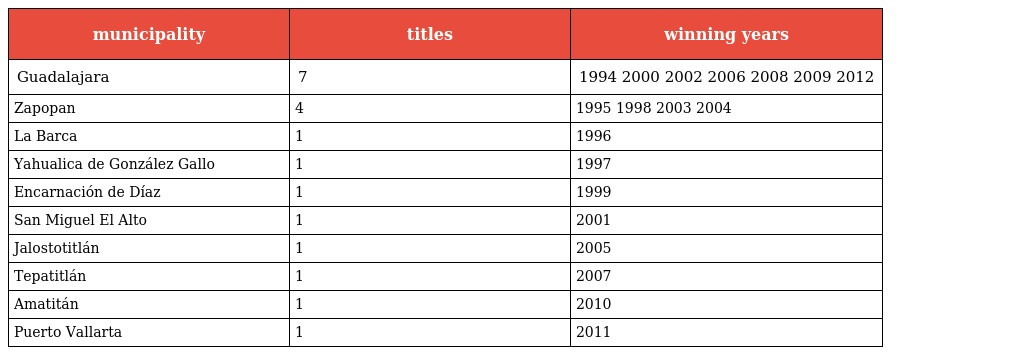
| municipality | titles | winning years |
 | --- | --- | --- |
 | Guadalajara | 7 | 1994 2000 2002 2006 2008 2009 2012 |
 | Zapopan | 4 | 1995 1998 2003 2004 |
 | La Barca | 1 | 1996 |
 | Yahualica de González Gallo | 1 | 1997 |
 | Encarnación de Díaz | 1 | 1999 |
 | San Miguel El Alto | 1 | 2001 |
 | Jalostotitlán | 1 | 2005 |
 | Tepatitlán | 1 | 2007 |
 | Amatitán | 1 | 2010 |
 | Puerto Vallarta | 1 | 2011 |